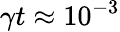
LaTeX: \gamma t\approx 10^{-3}